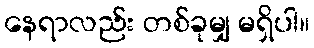
နေရာလည်း တစ်ခုမျှ မရှိပါ။